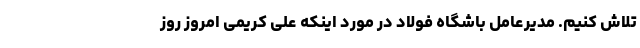
تلاش کنیم. مدیرعامل باشگاه فولاد در مورد اینکه علی کریمی امروز روز